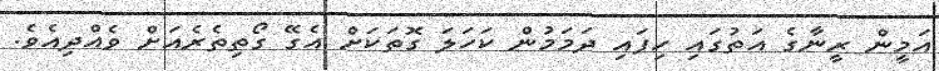
އަމީން ރީނާގެ އަތުގައި ހިފައި ދަމަމުން ކަހަލަ ގޮތަކަށް އެގޭ ގޯތިތެރެއަށް ވެއްދިއެވެ.